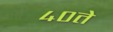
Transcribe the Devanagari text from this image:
४०ते